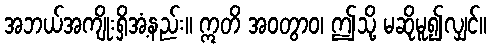
အဘယ်အကျိုးရှိအံ့နည်း။ ဣတိ အဝတွာဝ၊ ဤသို့ မဆိုမူ၍လျှင်။